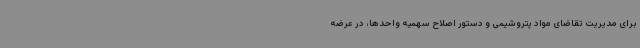
برای مدیریت تقاضای مواد پتروشیمی و دستور اصلاح سهمیه واحدها، در عرضه